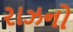
રાઝનો